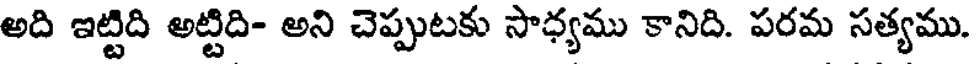
అది ఇట్టిది అట్టిది- అని చెప్పుటకు సాధ్యము కానిది. పరమ సత్యము.